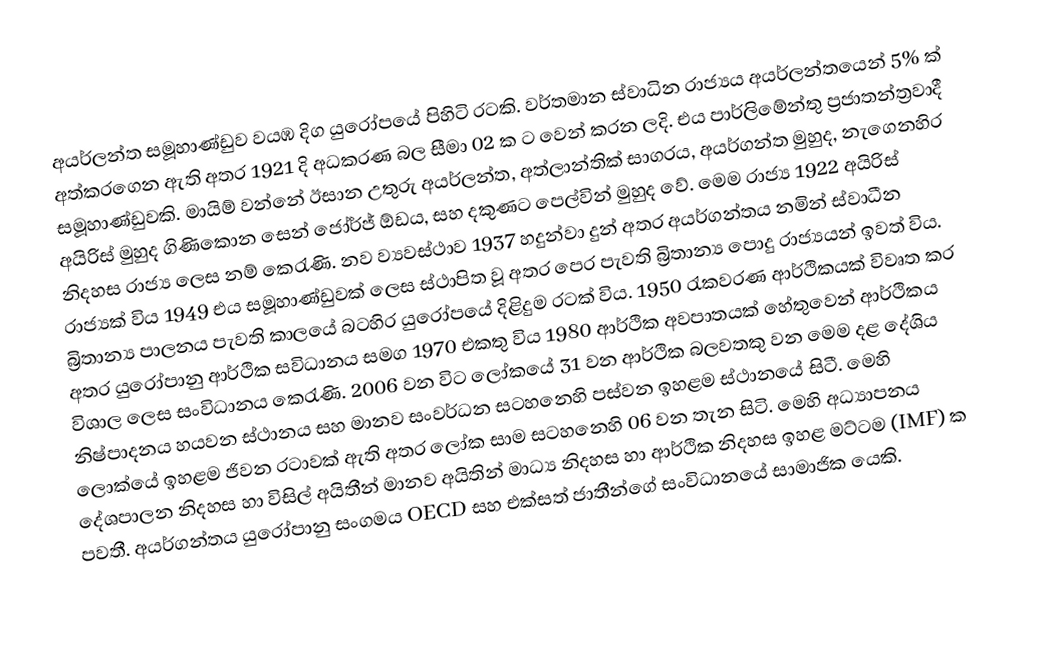
අයර්ලන්ත සමූහාණ්ඩුව වයඹ දිග යුරෝපයේ පිහිටි රටකි. වර්තමාන ස්වාධින රාජ්‍යය අයර්ලන්තයෙන් 5% ක් අත්කරගෙන  ඇති අතර 1921 දි අධකරණ බල සීමා 02 ක ට වෙන් කරන ලදි. එය පාර්ලිමේන්තු  ප්‍රජාතන්ත්‍රවාදී සමූහාණ්ඩුවකි. මායිම් වන්නේ ඊසාන උතුරු අයර්ලන්ත, අත්ලාන්තික් සාගරය, අයර්ගන්ත මුහුද, නැගෙනහිර අයිරිස් මුහුද ගිණිකොන සෙන් ජෝර්ජ් ඕඩය, සහ දකුණට පෙල්වින් මුහුද වේ. මෙම රාජ්‍ය 1922 අයිරිස් නිදහස රාජ්‍ය ලෙස නම් කෙරැණි. නව ව්‍යවස්ථාව 1937 හදුන්වා දුන් අතර අයර්ගන්තය නමින් ස්වාධීන රාජ්‍යක් විය 1949 එය සමූහාණ්ඩුවක් ලෙස ස්ථාපිත වූ අතර පෙර පැවති බ්‍රිතාන්‍ය පොදු රාජ්‍යයන්  ඉවත් විය.  බ්‍රිතාන්‍ය පාලනය  පැවති කාලයේ බටහිර යුරෝපයේ  දිළිදුම රටක් විය. 1950 රැකවරණ ආර්ථිකයක් විවෘත කර අතර  යුරෝපානු ආර්ථික සවිධානය සමග 1970 එකතු විය 1980 ආර්ථික අවපාතයක් හේතුවෙන් ආර්ථිකය විශාල ලෙස සංවිධානය කෙරැණි. 2006 වන විට ‍ලෝකයේ  31 වන ආර්ථික බලවතකු වන මෙම දළ දේශිය නිෂ්පාදනය හයවන ස්ථානය සහ මානව  සංවර්ධන සටහනෙහි පස්වන ඉහළම ස්ථානයේ සිටී. මෙහි ලොක්යේ ඉහළම ජිවන රටාවක් ඇති අතර ලෝක සාම සටහනෙහි ‍06 වන තැන සිටි. මෙහි අධ්‍යාපනය දේශපාලන නිදහස හා විසිල් අයිතීන් මානව අයිතින් මාධ්‍ය  නිදහස  හා ආර්ථික නිදහස ඉහළ මට්ටම (IMF) ක පවතී. අයර්ගන්තය යුරෝපානු සංගමය OECD   සහ එක්සත් ජාතීන්ගේ සංවිධානයේ සාමාජික යෙකි.